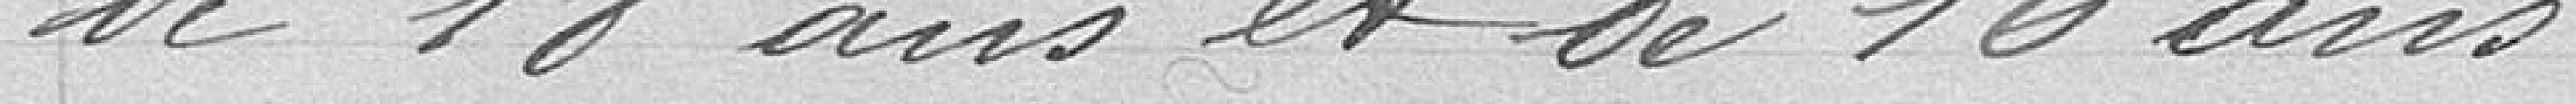
de 18 ans et de 16 ans.